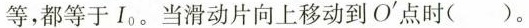
等，都等于I_{0}。当滑动片向上移动到O'点时()。